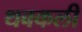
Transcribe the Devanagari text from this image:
थबकली